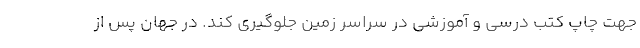
جهت چاپ کتب درسی و آموزشی در سراسر زمین جلوگیری کند. در جهان پس از